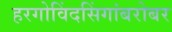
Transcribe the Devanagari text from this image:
हरगोविंदसिंगांबरोबर